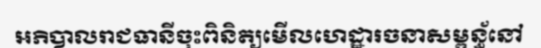
អភិបាលរាជធានីចុះពិនិត្យមើលហេដ្ឋារចនាសម្ពន្ធ័នៅ